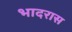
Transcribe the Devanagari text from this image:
भादरास